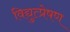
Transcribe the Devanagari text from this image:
विद्युत्प्रेषण